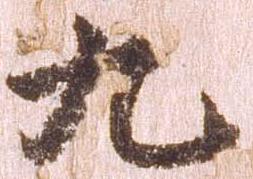
九